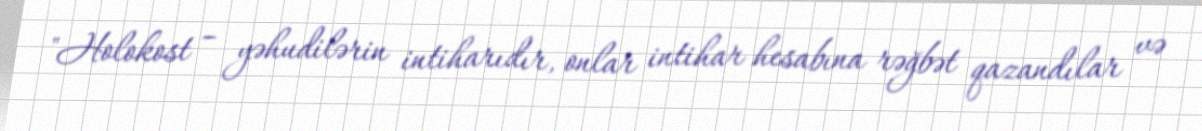
"Holokost – yəhudilərin intiharıdır, onlar intihar hesabına rəğbət qazandılar və